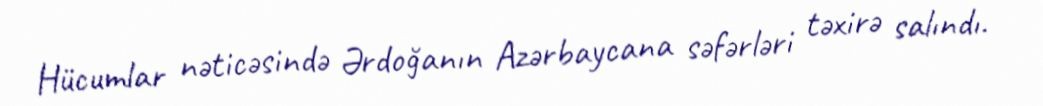
Hücumlar nəticəsində Ərdoğanın Azərbaycana səfərləri təxirə salındı.